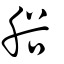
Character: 谸